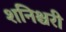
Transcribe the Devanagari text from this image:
शनिश्चरी